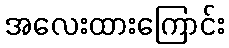
အလေးထားကြောင်း